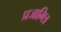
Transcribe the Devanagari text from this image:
प्रजामित्र